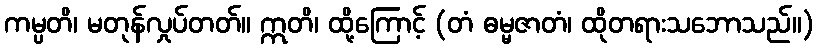
ကမ္ပတိ၊ မတုန်လှုပ်တတ်။ ဣတိ၊ ထို့ကြောင့် (တံ ဓမ္မဇာတံ၊ ထိုတရားသဘောသည်။)